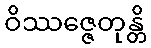
ဝိဿဇ္ဇေတုန္တိ